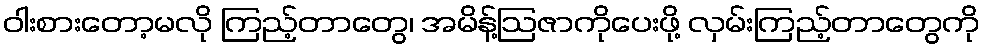
ဝါးစားတော့မလို ကြည့်တာတွေ၊ အမိန့်ဩဇာကိုပေးဖို့ လှမ်းကြည့်တာတွေကို